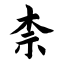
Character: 柰